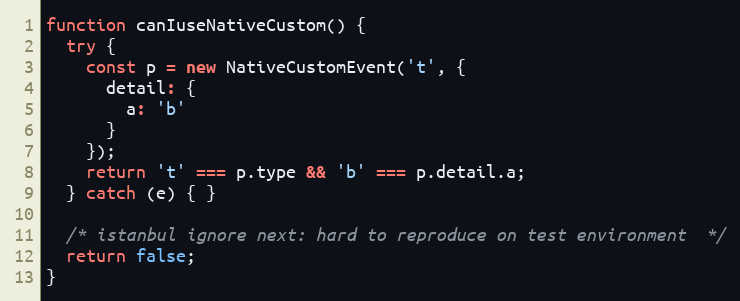
Language: JavaScript
function canIuseNativeCustom() {
  try {
    const p = new NativeCustomEvent('t', {
      detail: {
        a: 'b'
      }
    });
    return 't' === p.type && 'b' === p.detail.a;
  } catch (e) { }

  /* istanbul ignore next: hard to reproduce on test environment  */
  return false;
}